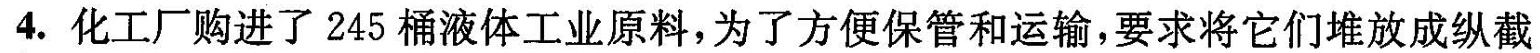
4. 化工厂购进了 245 桶液体工业原料，为了方便保管和运输，要求将它们堆放成纵截